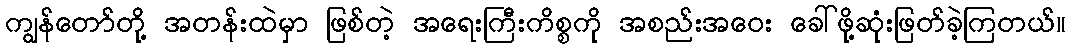
ကျွန်တော်တို့ အတန်းထဲမှာ ဖြစ်တဲ့ အရေးကြီးကိစ္စကို အစည်းအဝေး ခေါ်ဖို့ဆုံးဖြတ်ခဲ့ကြတယ်။